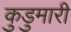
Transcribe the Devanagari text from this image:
कुडुमारी